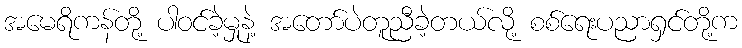
အမေရိကန်တို့ ပါဝင်ခဲ့မှုနဲ့ အတော်ပဲတူညီခဲ့တယ်လို့ စစ်ရေးပညာရှင်တို့က